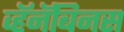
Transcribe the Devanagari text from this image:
व्हॅनॅबिनस